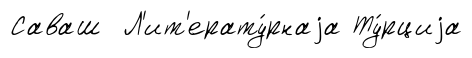
Саваш Л'ит'ерату́рнаjа Ту́рциjа